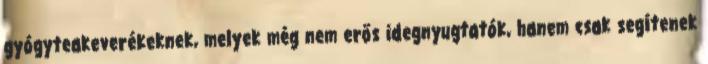
gyógyteakeverékeknek, melyek még nem erős idegnyugtatók, hanem csak segítenek